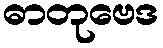
ဓာတုဗေဒ